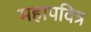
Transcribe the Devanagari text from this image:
महापवित्र